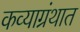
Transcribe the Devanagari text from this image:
कव्याग्रंथात